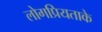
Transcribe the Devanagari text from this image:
लोगप्रियताके